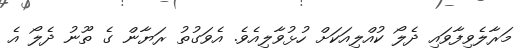
މަރާލެވިފާވައި ދެލޯ ކުއްލިއަކަށް ހުޅުވާލިއެވެ. އެވަގުތު ރަޔާން ގެ ތޫނު ދެލޯ އެ